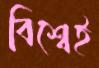
বিশ্বেই